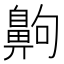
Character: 齁